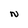
Character: N